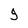
Character: 5